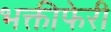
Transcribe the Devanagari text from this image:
भक्तीफेरी